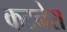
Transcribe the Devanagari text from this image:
कटनेरा